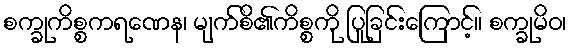
စက္ခုကိစ္စကရဏေန၊ မျက်စိ၏ကိစ္စကို ပြုခြင်းကြောင့်။ စက္ခုမိဝ၊